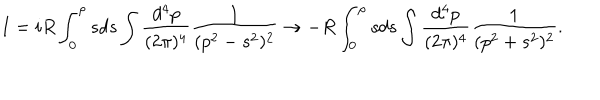
LaTeX: I = i R \int _ { 0 } ^ { \rho } s d s \int \frac { d ^ { 4 } p } { ( 2 \pi ) ^ { 4 } } \frac { 1 } { ( p ^ { 2 } - s ^ { 2 } ) ^ { 2 } } \rightarrow - R \int _ { 0 } ^ { \rho } s d s \int \frac { d ^ { 4 } p } { ( 2 \pi ) ^ { 4 } } \frac { 1 } { ( p ^ { 2 } + s ^ { 2 } ) ^ { 2 } } .